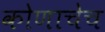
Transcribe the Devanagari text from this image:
कोणाचेच